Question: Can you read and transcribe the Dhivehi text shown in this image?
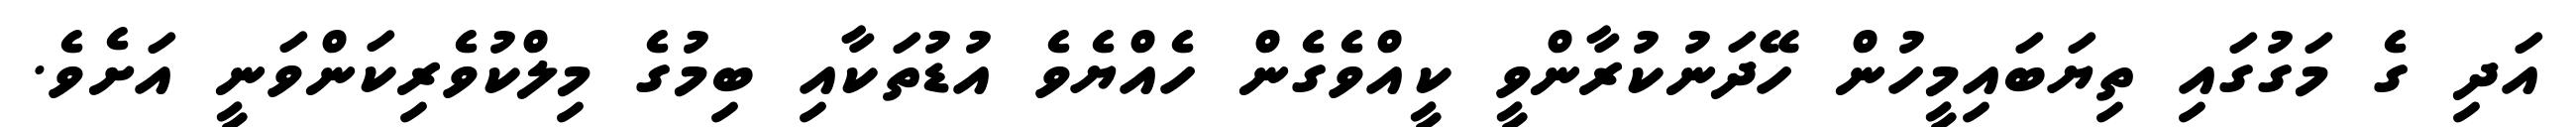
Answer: އަދި ގެ މަގުގައި ތިޔަބައިމީހުން ހޭދަނުކުރާންވީ ކީއްވެގެން ހެއްޔެވެ އުޑުތަކާއި ބިމުގެ މިލްކުވެރިކަންވަނީ އަށެވެ.